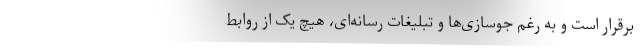
برقرار است و به رغم جوسازی‌ها و تبلیغات رسانه‌ای، هیچ یک از روابط